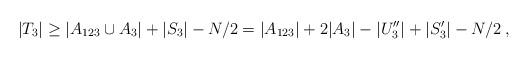
LaTeX: \begin{align*}|T_3|\ge |A_{123}\cup A_3|+|S_3|-N/2=|A_{123}|+2|A_3|-|U''_3|+|S'_{3}|-N/2\;,\end{align*}